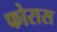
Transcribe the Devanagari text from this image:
फोरास